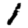
Digit: 1